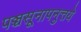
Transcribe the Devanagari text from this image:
पञ्चसूनापनुत्तये